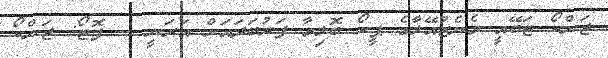
ޖަންކޯ ޓަބޭއީ ވެނެޒުއޭލާގެ ޕީކޯ ބޮލިވާ ފަރުބަދައަށް އަރަނީ -- ފޮޓޯ: ޖަންކޯ